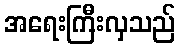
အရေးကြီးလှသည်